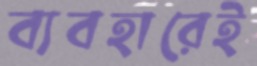
ব্যবহারেই